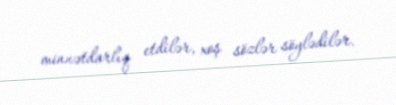
minnətdarlıq etdilər, xoş sözlər söylədilər.